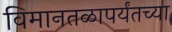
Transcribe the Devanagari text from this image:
विमानतळापर्यंतच्या